Code of medical and sanitary regulations for the guidance of medical officers serving in the Madras Presidency - Volume II
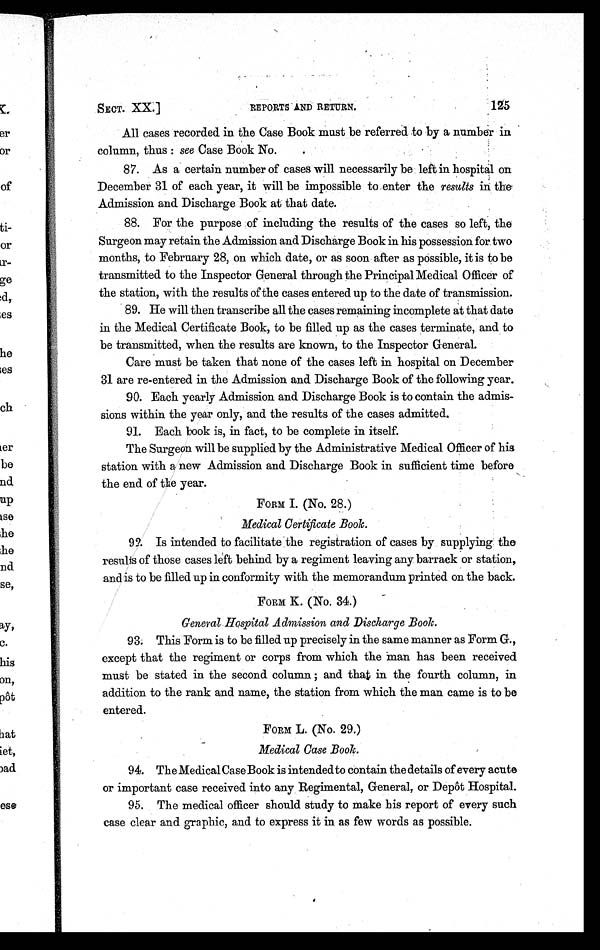
SECT. XX.]
REPORTS AND RETURN.
125
All cases recorded in the Case Book must be referred to by a number in
column, thus : see Case Book No.
87. As a certain number of cases will necessarily be left in hospital on
December 31 of each year, it will be impossible to enter the results in the
Admission and Discharge Book at that date.
88. For the purpose of including the results of the cases so left, the
Surgeon may retain the Admission and Discharge Book in his possession for two
months, to February 28, on which date, or as soon after as possible, it is to be
transmitted to the Inspector General through the Principal Medical Officer of
the station, with the results of the cases entered up to the date of transmission.
89. He will then transcribe all the cases remaining incomplete at that date
in the Medical Certificate Book, to be filled up as the cases terminate, and to
be transmitted, when the results are known, to the Inspector General.
Care must be taken that none of the cases left in hospital on December
31 are re-entered in the Admission and Discharge Book of the following year.
90. Each yearly Admission and Discharge Book is to contain the admis
-sions within the year only, and the results of the cases admitted.
91. Each book is, in fact, to be complete in itself.
The Surgeon will be supplied by the Administrative Medical Officer of his
station with a new Admission and Discharge Book in sufficient time before
the end of the year.
FORM I. (No. 28.)
Medical Certificate Book.
92. Is intended to facilitate the registration of cases by supplying the
results of those cases left behind by a regiment leaving any barrack or station,
and is to be filled up in conformity with the memorandum printed on the back.
FORM K. (No. 34.)
General Hospital Admission and Discharge Book.
93. This Form is to be filled up precisely in the same manner as Form G.,
except that the regiment or corps from which the man has been received
must be stated in the second column ; and that in the fourth column, in
addition to the rank and name, the station from which the man came is to be
entered.
FORM L. (No. 29.)
Medical Case Book.
94. The Medical Case Book is intended to contain the details of every acute
or important case received into any Regimental, General, or Depôt Hospital.
95. The medical officer should study to make his report of every such
case clear and graphic, and to express it in as few words as possible.